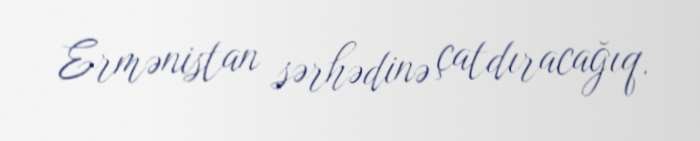
Ermənistan sərhədinə çatdıracağıq.